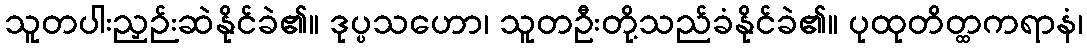
သူတပါးညှဉ်းဆဲနိုင်ခဲ၏။ ဒုပ္ပသဟော၊ သူတဦးတို့သည်ခံနိုင်ခဲ၏။ ပုထုတိတ္ထကရာနံ၊